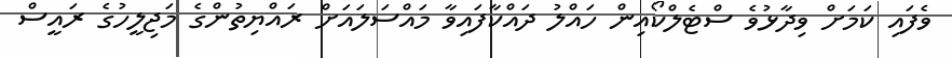
ވެފައި ކަމަށް ވިދާޅުވެ ސްޓެލްކޯއިން ހައްލު ދައްކާފައިވާ މައްސަލައަށް ރައްޔިތުންގެ މަޖިލީހުގެ ރައީސް